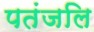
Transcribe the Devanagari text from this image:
पतंजलि